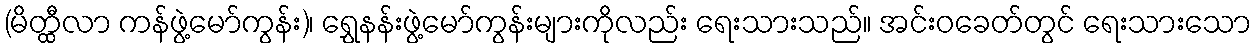
(မိတ္ထီလာ ကန်ဖွဲ့မော်ကွန်း)၊ ရွှေနန်းဖွဲ့မော်ကွန်းများကိုလည်း ရေးသားသည်။ အင်းဝခေတ်တွင် ရေးသားသော